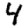
Digit: 4